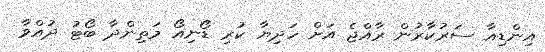
އިންޑިއާ ސަރުކާރުން ރާއްޖެ އަށް ހަދިޔާ ކުރި ޑޯނިއޯ މަތިންދާ ބޯޓު ދުއްވާ